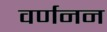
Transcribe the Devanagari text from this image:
वर्णनन